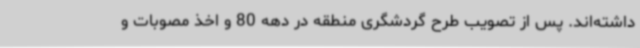
‌داشته‌اند. پس از تصویب طرح گردشگری منطقه در دهه 80 و اخذ مصوبات و